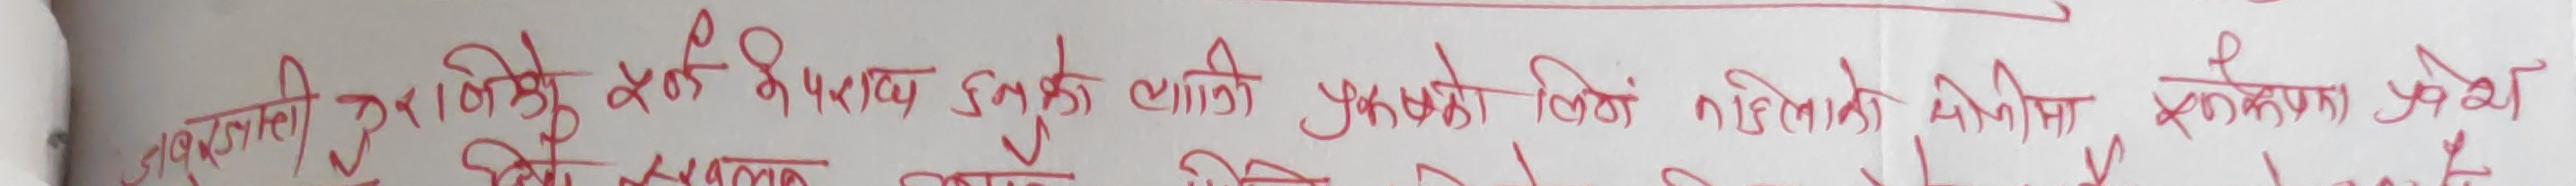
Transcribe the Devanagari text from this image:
अकलको ठिक उपयोग कियको भूबक हुनुको लागि प्रकको लिंग पहिलोको सीमामा सफलता खोज्